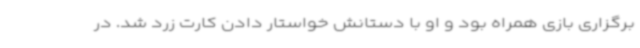
برگزاری بازی همراه بود و او با دستانش خواستار دادن کارت زرد شد. در